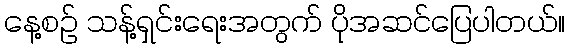
နေ့စဉ် သန့်ရှင်းရေးအတွက် ပိုအဆင်ပြေပါတယ်။